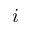
i